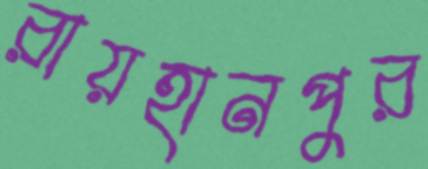
রায়হানপুর